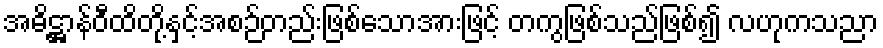
အဓိဋ္ဌာန်ဝီထိတို့နှင့်အစဉ်တည်းဖြစ်သောအားဖြင့် တကွဖြစ်သည်ဖြစ်၍ လဟုကသညာ